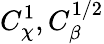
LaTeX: {C}_{\chi}^{1},{C}_{\beta}^{1/2}